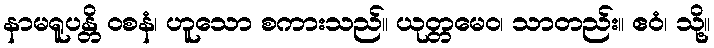
နာမရူပန္တိ ဝစနံ၊ ဟူသော စကားသည်။ ယုတ္တမေဝ၊ သာတည်း။ ဧဝံ၊ သို့။